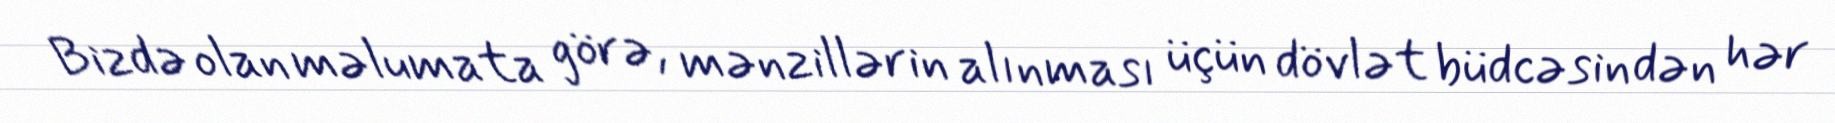
Bizdə olan məlumata görə, mənzillərin alınması üçün dövlət büdcəsindən hər